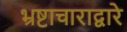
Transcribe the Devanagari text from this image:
भ्रष्टाचाराद्वारे